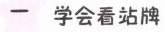
一 学会看站牌